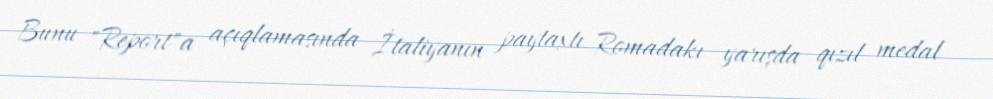
Bunu "Report"a açıqlamasında İtaliyanın paytaxtı Romadakı yarışda qızıl medal